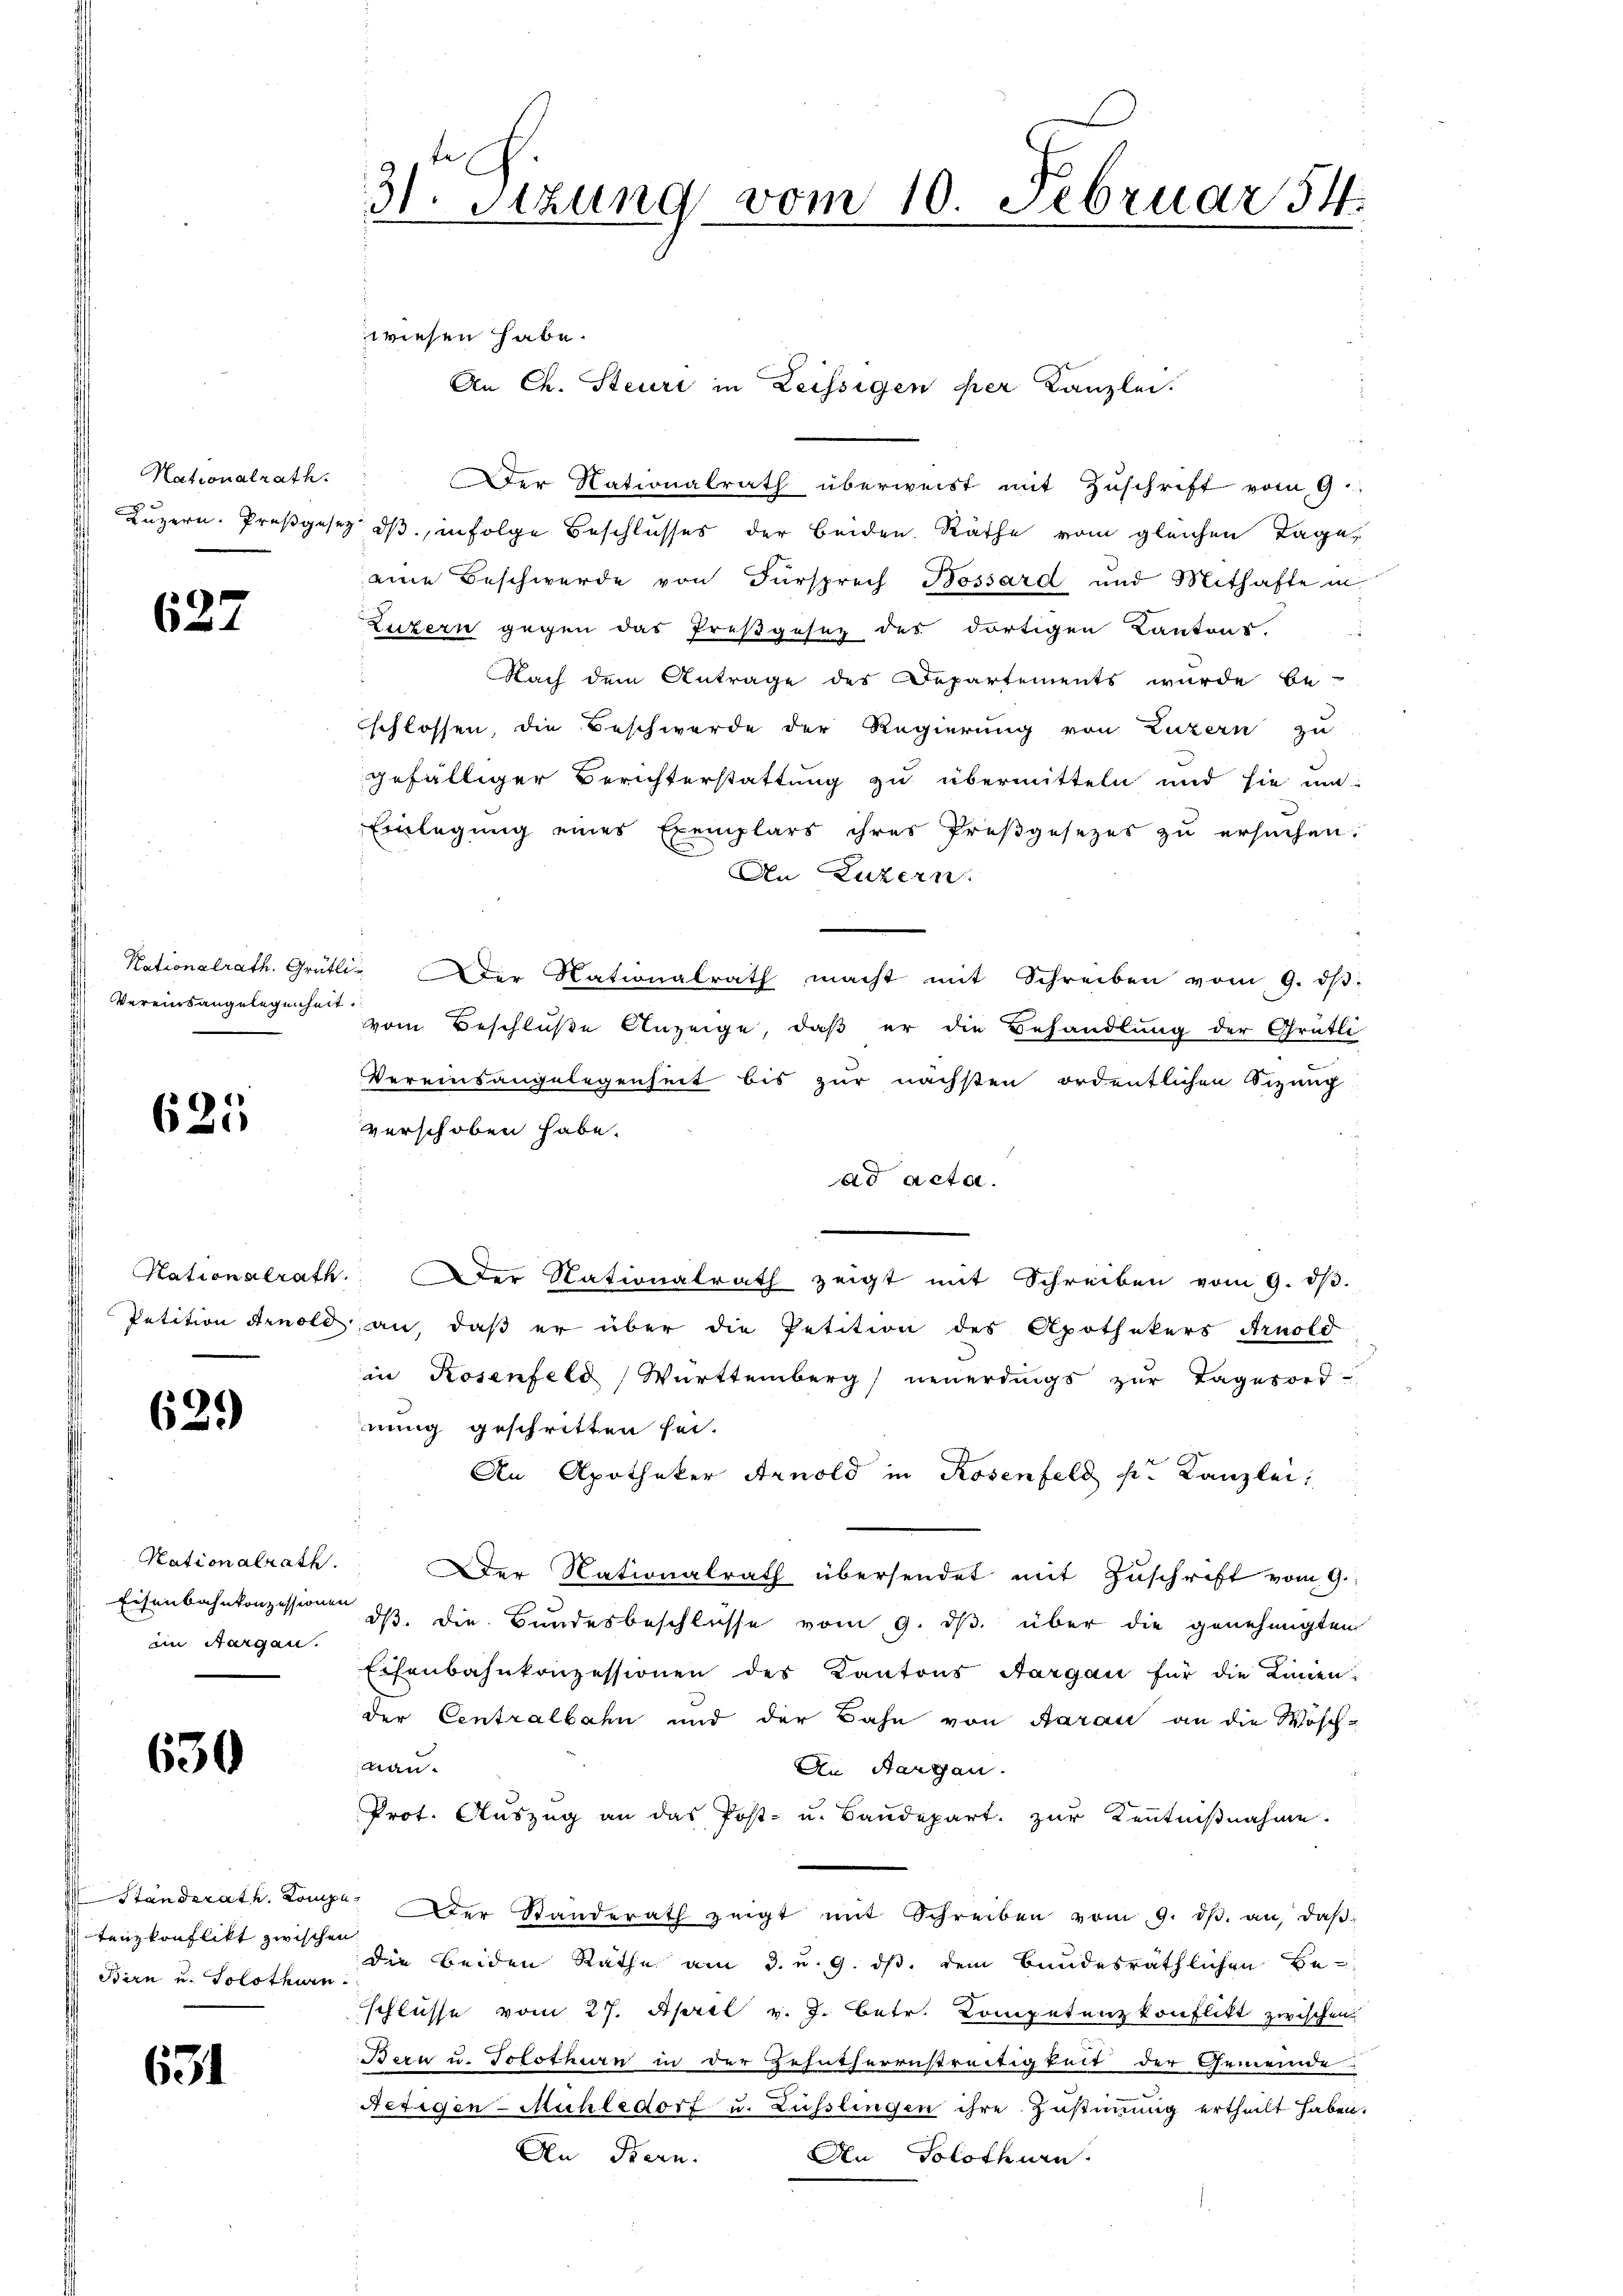
Nationalrath.

627

Vereinsangelegenheit.

625

62.)

Nationalrath.
im Aargau.

650

tenzkonflikt zwischen
Birn und Solothurn

631

31. Sizung vom 10. Februar 54

wiesen habe.
Der Nationalrath überweist mit Zuschrift vom 9.
Luzern. Preßgesez ds, infolge Beschlusses der beiden. Räthe vom gleichen Tage,
eine Beschwerde von Fürsprech Bossard und Mithafte in
Luzern gegen das Preßgesez des dortigen Kantons,
Nach dem Antrage des Departements wurde be-
schlossen, die Beschwerde der Regierung von Luzern zu
gefälliger Berichterstattung zu übermitteln und sie mi
Einlegung eines Exemplars ihres Preßgesezes zu ersuchen.
An Luzern.
Nationalrath. Grütli. Der Nationalrath macht mit Schreiben vom 9. dβ
vom Beschluße Anzeige, daß er die Behandlung der Grütli
Vereinsangelegenheit bis zur nächsten ordentlichen Sizung
verschoben habe.
ad acta.
Hationalrath. Der Nationalrath zeigt mit Schreiben vom 9. dβ.
Petition Arnold an, daß er über die Petition des Apothekers Arnold
in Rosenfeld, Württemberg neuerdings zŭr Tagesord-
nung geschritten sei.
An Apotheker Arnold in Rosenfeld pr. Kanzlei:
Der Nationalrath übersendet mit Zuschrift vom 9.
Eisenbahnkonzessionen d. die Bundesbeschlüsse vom 9. ds. über die genehmigten
Eisenbahnkonzessionen des Kantons Aargau für die Linien-
der Centralbahn und der Bahn von Aarau an die Wösch-
man.
An Aargau.
Prot. Aŭszŭg an das Post- u. Baŭdepart. zŭr Kenntnißnahme.
Standerath. Lange. Der Standerath zeigt mit Schreiben vom 9. dβ. an, daβ
die beiden Rathe am 3. u. 9. ds. dem Bundesräthlichen Beschlüsse vom 27. April v. J. Betr. Competenzkonflikt zwischen
Bern u. Solothurn in der Zehntherrnstreitigkeit der Gemeinde
Resigen-Mühle dort u. Lüsslingen ihre Zustimmig ertheilt haben.
An Bern.
An Solothurn.

An Ch. Steuri in Leissigen der Kanzlei.